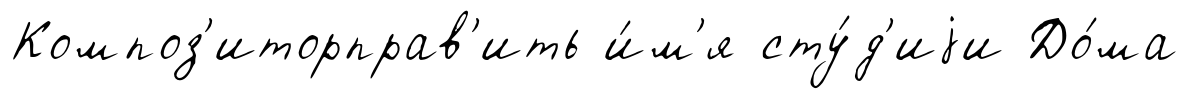
Композ'иторправ'ить и́м'я сту́д'иjи До́ма